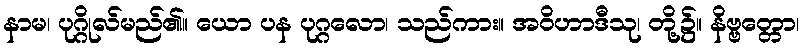
နာမ၊ ပုဂ္ဂိုလ်မည်၏။ ယော ပန ပုဂ္ဂလော၊ သည်ကား။ အဝိဟာဒီသု၊ တို့၌။ နိဗ္ဗတ္တော၊